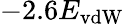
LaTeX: -2.6E_{\mathrm{vdW}}